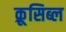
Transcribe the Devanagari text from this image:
क्रूसिब्ल